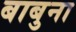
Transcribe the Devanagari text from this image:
बाबुना